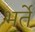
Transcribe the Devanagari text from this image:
भर्ते